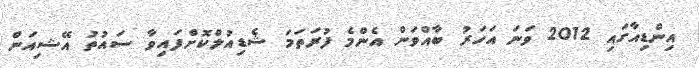
އިންޑިއާގައި 2012 ވަނަ އަހަރު ބާއްވަން އެންމެ ފުރަތަމަ ޝެޑިއުލްކޮށްފައިވާ ސައުތު އޭޝިއަން